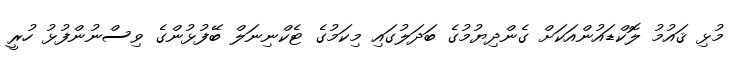
މުޅި ޤައުމު ލޮކްޑައުންއަކަށް ގެންދިޔުމުގެ ބަދަލުގައި މިކަމުގެ ޓެކްނިނަލް ބޭފުޅުންގެ ވިސްނުންފުޅު ހުރީ